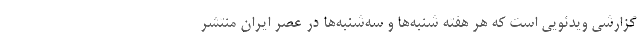
گزارشی ویدئویی است که هر هفته شنبه‌ها و سه‌شنبه‌ها در عصر ایران منتشر